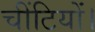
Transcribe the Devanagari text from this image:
चींटियों।